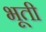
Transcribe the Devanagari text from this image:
भूती